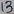
Text: 13